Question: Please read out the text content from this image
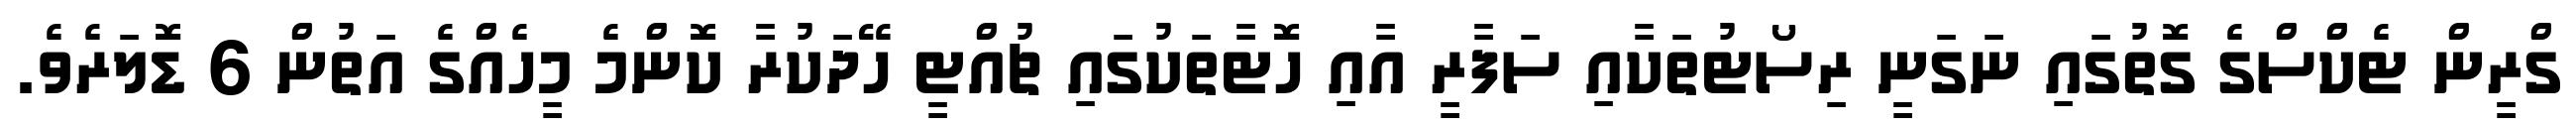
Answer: ގްރީން ޓެކްސްގެ ގޮތުގައި ނަގަނީ ރިސޯޓުތަކާއި ސަފާރީ އާއި ހޮޓާތަކުގައި ޗުއްޓީ ހޭދަކުރާ ކޮންމެ މީހެއްގެ އަތުން 6 ޑޮލަރެވެ.